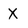
Character: X